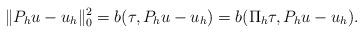
LaTeX: \begin{align*} \|P_h u - u_h\|_0^2 = b(\tau, P_h u - u_h) = b(\Pi_h \tau, P_h u - u_h). \end{align*}